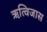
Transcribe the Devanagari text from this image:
ऋत्विजास